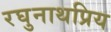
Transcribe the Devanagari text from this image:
रघुनाथप्रिय